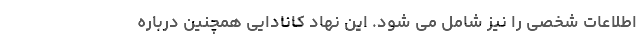
اطلاعات شخصی را نیز شامل می شود. این نهاد کانادایی همچنین درباره